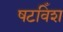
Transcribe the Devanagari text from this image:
षटविँश